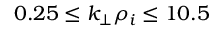
0 . 2 5 \le k _ { \perp } \rho _ { i } \le 1 0 . 5